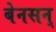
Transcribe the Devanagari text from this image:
बेनसन्